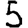
Digit: 5